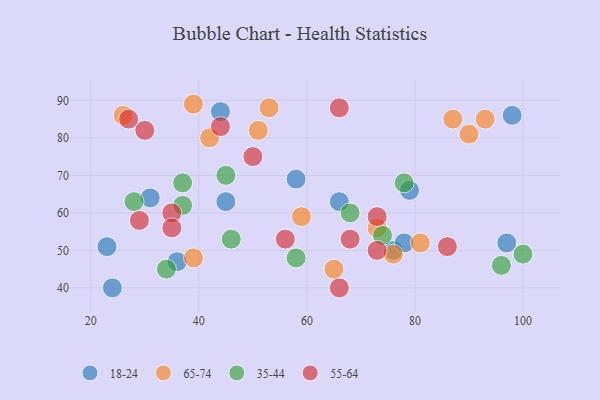
{"axis": {"x": "GDP", "y": "Life Expectancy"}, "legend": ["18-24", "35-44", "55-64", "65-74"], "data": [{"x": "79", "y": 66, "type": "18-24"}, {"x": "98", "y": 86, "type": "18-24"}, {"x": "23", "y": 51, "type": "18-24"}, {"x": "36", "y": 47, "type": "18-24"}, {"x": "44", "y": 87, "type": "18-24"}, {"x": "76", "y": 50, "type": "18-24"}, {"x": "58", "y": 69, "type": "18-24"}, {"x": "31", "y": 64, "type": "18-24"}, {"x": "97", "y": 52, "type": "18-24"}, {"x": "66", "y": 63, "type": "18-24"}, {"x": "78", "y": 52, "type": "18-24"}, {"x": "24", "y": 40, "type": "18-24"}, {"x": "45", "y": 63, "type": "18-24"}, {"x": "93", "y": 85, "type": "65-74"}, {"x": "42", "y": 80, "type": "65-74"}, {"x": "59", "y": 59, "type": "65-74"}, {"x": "39", "y": 48, "type": "65-74"}, {"x": "87", "y": 85, "type": "65-74"}, {"x": "73", "y": 56, "type": "65-74"}, {"x": "65", "y": 45, "type": "65-74"}, {"x": "26", "y": 86, "type": "65-74"}, {"x": "81", "y": 52, "type": "65-74"}, {"x": "53", "y": 88, "type": "65-74"}, {"x": "76", "y": 49, "type": "65-74"}, {"x": "39", "y": 89, "type": "65-74"}, {"x": "90", "y": 81, "type": "65-74"}, {"x": "51", "y": 82, "type": "65-74"}, {"x": "37", "y": 68, "type": "35-44"}, {"x": "58", "y": 48, "type": "35-44"}, {"x": "78", "y": 68, "type": "35-44"}, {"x": "45", "y": 70, "type": "35-44"}, {"x": "34", "y": 45, "type": "35-44"}, {"x": "46", "y": 53, "type": "35-44"}, {"x": "96", "y": 46, "type": "35-44"}, {"x": "100", "y": 49, "type": "35-44"}, {"x": "74", "y": 54, "type": "35-44"}, {"x": "68", "y": 60, "type": "35-44"}, {"x": "37", "y": 62, "type": "35-44"}, {"x": "28", "y": 63, "type": "35-44"}, {"x": "86", "y": 51, "type": "55-64"}, {"x": "44", "y": 83, "type": "55-64"}, {"x": "68", "y": 53, "type": "55-64"}, {"x": "30", "y": 82, "type": "55-64"}, {"x": "66", "y": 40, "type": "55-64"}, {"x": "73", "y": 50, "type": "55-64"}, {"x": "29", "y": 58, "type": "55-64"}, {"x": "50", "y": 75, "type": "55-64"}, {"x": "35", "y": 60, "type": "55-64"}, {"x": "73", "y": 59, "type": "55-64"}, {"x": "35", "y": 56, "type": "55-64"}, {"x": "66", "y": 88, "type": "55-64"}, {"x": "27", "y": 85, "type": "55-64"}, {"x": "56", "y": 53, "type": "55-64"}]}